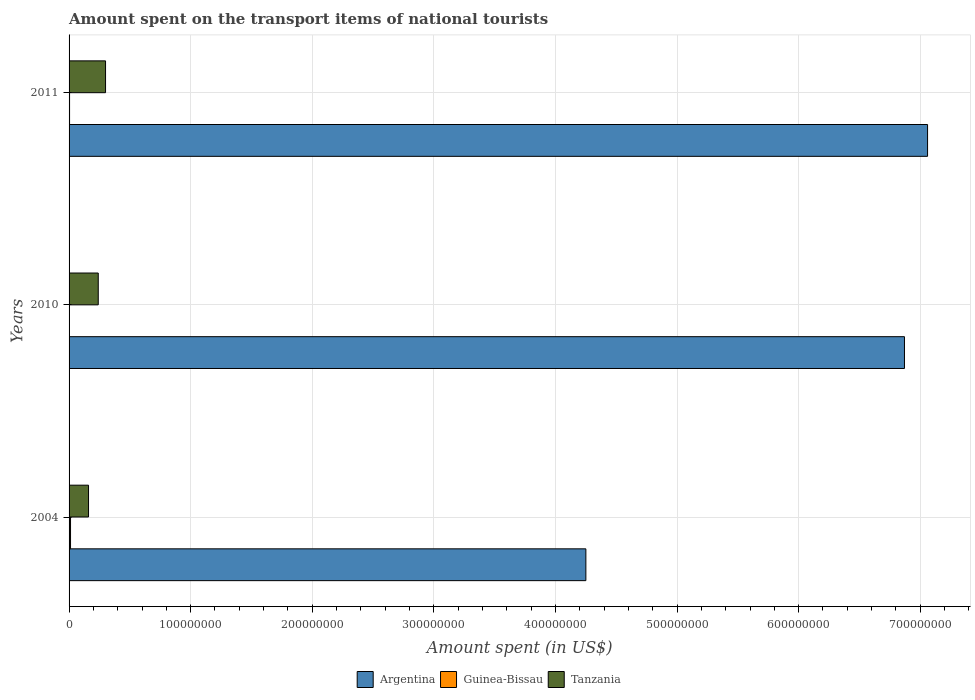
| Years | Argentina | Guinea-Bissau | Tanzania |
 | --- | --- | --- | --- |
 | 2004 | 4.25e+08 | 1.2e+06 | 1.6e+07 |
 | 2010 | 6.87e+08 | 3e+05 | 2.4e+07 |
 | 2011 | 7.06e+08 | 4e+05 | 3e+07 |